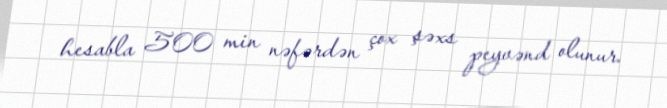
hesabla 500 min nəfərdən çox şəxs peyvənd olunur.